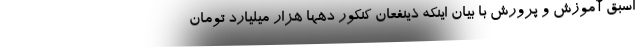
اسبق آموزش و پرورش با بیان اینکه ذینفعان کنکور دهها هزار میلیارد تومان